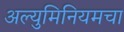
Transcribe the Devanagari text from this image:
अल्युमिनियमचा